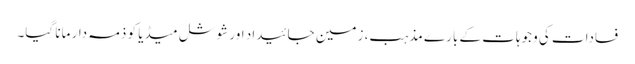
فسادات کی وجوہات کے بارے مذہب، زمین جائیداد اور شوشل میڈیا کو ذمہ دار مانا گیا۔